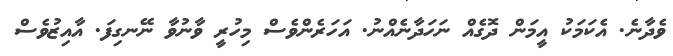
ވެދާނެ. އެކަމަކު އީމަން ދޮގެއް ނަހަދާނެއްނު. އަހަރެންވެސް މިހުރީ ވާނުވާ ނޭނގިފަ. އާއިޒުވެސް